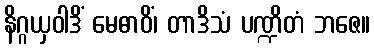
နိဂ္ဂယှဝါဒိံ မေဓာဝိံ၊ တာဒိသံ ပဏ္ဍိတံ ဘဇေ။